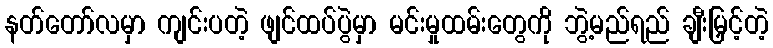
နတ်တော်လမှာ ကျင်းပတဲ့ ဖျင်ထပ်ပွဲမှာ မင်းမှုထမ်းတွေကို ဘွဲ့မည်ရည် ချီးမြှင့်တဲ့